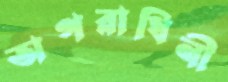
অপরাধিনী